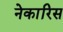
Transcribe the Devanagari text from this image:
नेकारिस